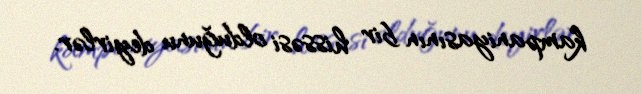
kampaniyasının bir hissəsi olduğunu deyirlər.